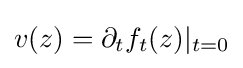
v(z)=\partial _{t}f_{t}(z)|_{t=0}